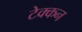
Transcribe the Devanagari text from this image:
टेक्कन